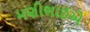
મણીભાઈએ